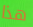
هذا